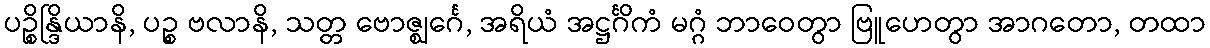
ပဉ္စိန္ဒြိယာနိ, ပဉ္စ ဗလာနိ, သတ္တ ဗောဇ္ဈင်္ဂေ, အရိယံ အဋ္ဌင်္ဂိကံ မဂ္ဂံ ဘာဝေတွာ ဗြူဟေတွာ အာဂတော, တထာ